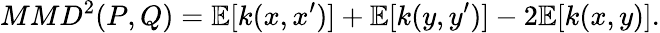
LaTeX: MMD^{2}(P,Q)=\mathbb{E}[k(x,x^{\prime})]+\mathbb{E}[k(y,y^{\prime})]-2\mathbb{E}[k(x,y)].